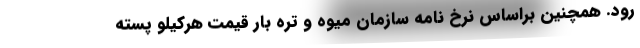
رود. همچنین براساس نرخ نامه سازمان میوه و تره بار قیمت هرکیلو پسته